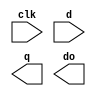
(* abc9_box, blackbox*)
module box(input clk, d, output reg q, output do);
parameter P = 0;
always @(posedge clk)
    q <= d;
assign do = d;
specify
    (posedge clk => (q : d)) = 1;
    (d => do) = 1;
endspecify
endmodule

module top(input clk, d, output q);
box i1(clk, d, q);
endmodule